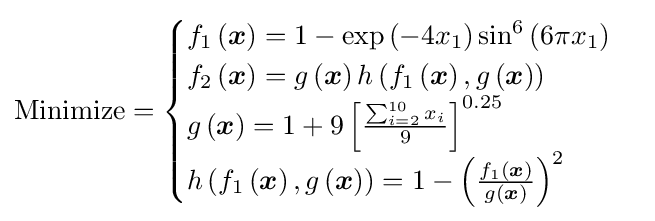
{\text{Minimize}}={\begin{cases}f_{1}\left({\boldsymbol {x}}\right)=1-\exp \left(-4x_{1}\right)\sin ^{6}\left(6\pi x_{1}\right)\\f_{2}\left({\boldsymbol {x}}\right)=g\left({\boldsymbol {x}}\right)h\left(f_{1}\left({\boldsymbol {x}}\right),g\left({\boldsymbol {x}}\right)\right)\\g\left({\boldsymbol {x}}\right)=1+9\left[{\frac {\sum _{i=2}^{10}x_{i}}{9}}\right]^{0.25}\\h\left(f_{1}\left({\boldsymbol {x}}\right),g\left({\boldsymbol {x}}\right)\right)=1-\left({\frac {f_{1}\left({\boldsymbol {x}}\right)}{g\left({\boldsymbol {x}}\right)}}\right)^{2}\\\end{cases}}